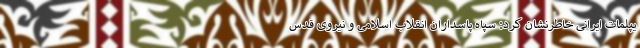
یپلمات ایرانی خاطرنشان کرد: سپاه پاسداران انقلاب اسلامی و نیروی قدس